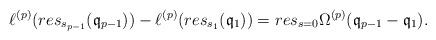
LaTeX: \begin{align*} \ell^{(p)}(res_{s_{p-1}}(\mathfrak{q}_{p-1}))-\ell^{(p)} (res_{s_1}(\mathfrak{q}_1))=res_{s=0} \Omega ^{(p)}(\mathfrak{q}_{p-1}-\mathfrak{q}_1).\end{align*}